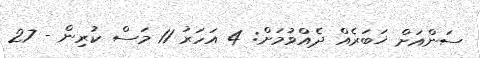
ސަންއަށް ޚަބަރެއް ދެއްވުމަށް: 4 އަހަރު 11 މަސް ކުރިން - 27